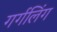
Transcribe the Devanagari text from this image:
गर्गलिंग